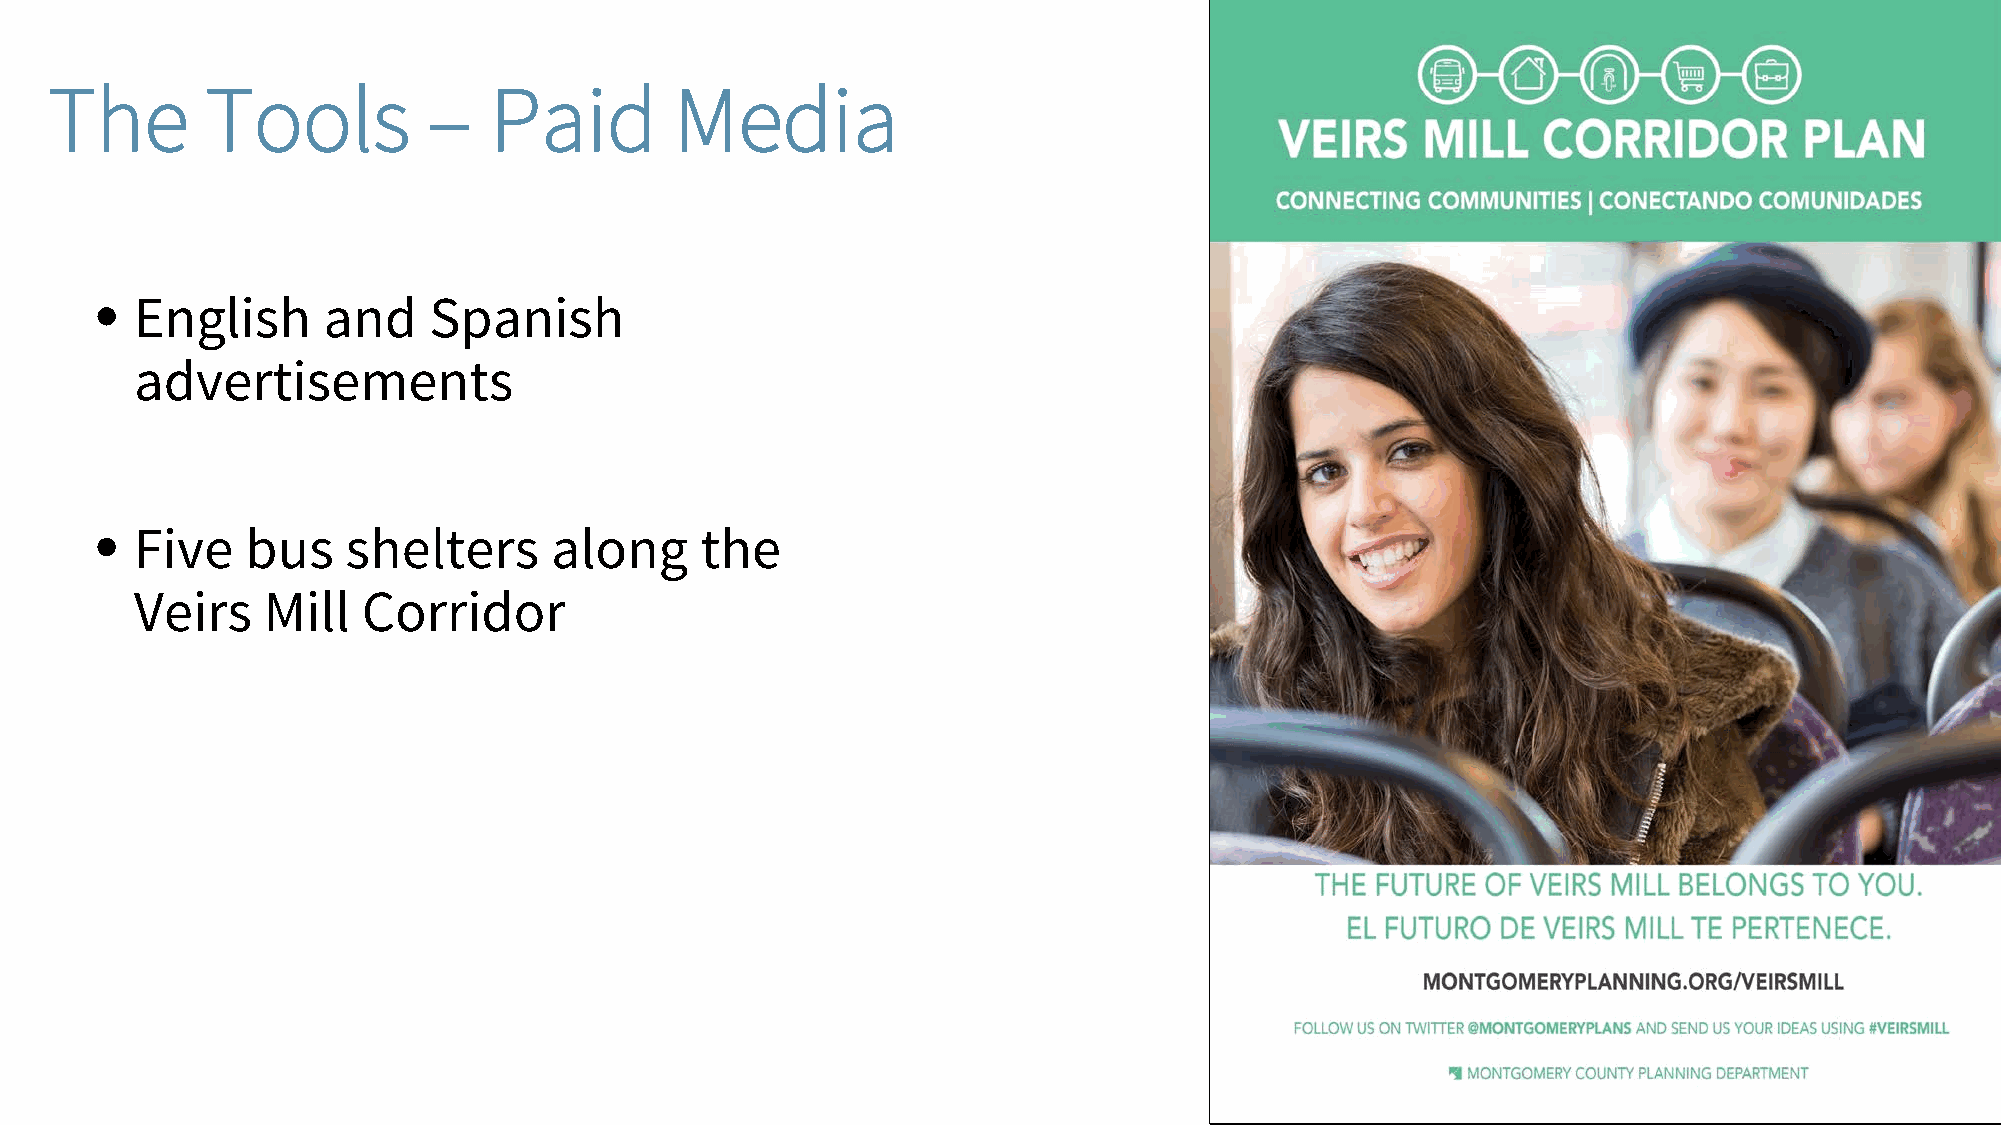
The        Tools         –   Paid         Media
 •  English     and    Spanish
 advertisements
 •  Five   bus    shelters     along     the
 Veirs   Mill   Corridor